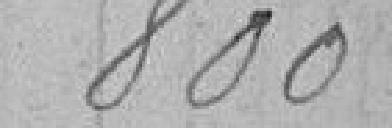
800